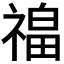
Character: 𰨎